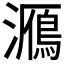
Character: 𤂮